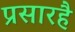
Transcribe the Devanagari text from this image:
प्रसारहै